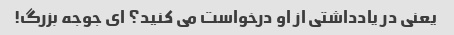
یعنی در یادداشتی از او درخواست می کنید؟ ای جوجه بزرگ!